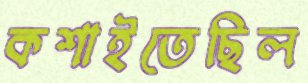
কশাইতেছিল